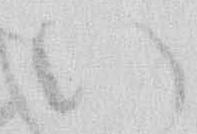
い